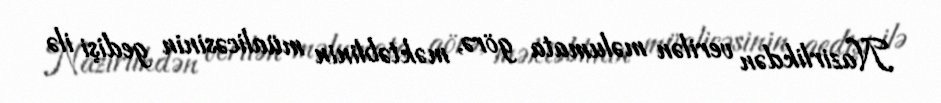
Nazirlikdən verilən məlumata görə, məktəblinin müalicəsinin gedişi ilə